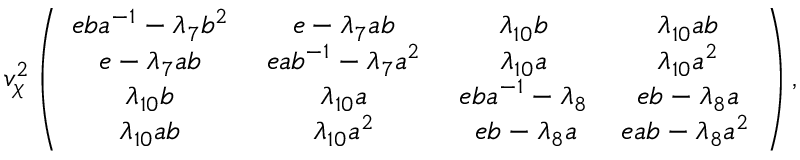
v _ { \chi } ^ { 2 } \left( \begin{array} { c c c c } { { e b a ^ { - 1 } - \lambda _ { 7 } b ^ { 2 } \, } } & { { \, e - \lambda _ { 7 } a b \, } } & { { \, \lambda _ { 1 0 } b \, } } & { { \, \lambda _ { 1 0 } a b } } \\ { { e - \lambda _ { 7 } a b \, } } & { { \, e a b ^ { - 1 } - \lambda _ { 7 } a ^ { 2 } \, } } & { { \, \lambda _ { 1 0 } a \, } } & { { \, \lambda _ { 1 0 } a ^ { 2 } } } \\ { { \lambda _ { 1 0 } b \, } } & { { \, \lambda _ { 1 0 } a \, } } & { { \, e b a ^ { - 1 } - \lambda _ { 8 } \, } } & { { \, e b - \lambda _ { 8 } a } } \\ { { \lambda _ { 1 0 } a b \, } } & { { \, \lambda _ { 1 0 } a ^ { 2 } \, } } & { { \, e b - \lambda _ { 8 } a } } & { { e a b - \lambda _ { 8 } a ^ { 2 } } } \end{array} \right) ,